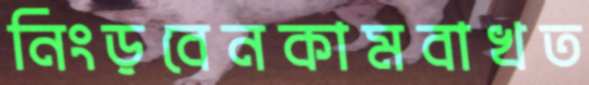
নিংড়বেনকামবাখত